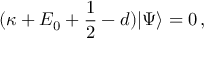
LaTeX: ( \kappa + E _ { 0 } + \frac { 1 } { 2 } - d ) | \Psi \rangle = 0 \, ,